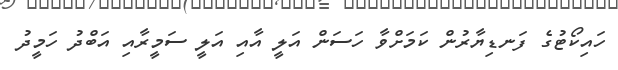
ހައިކޯޓުގެ ފަނޑިޔާރުން ކަމަށްވާ ހަސަން އަލީ އާއި އަލީ ސަމީރާއި އަބްދު ހަމީދު